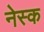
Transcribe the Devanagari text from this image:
नेस्क